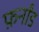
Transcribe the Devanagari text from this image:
फ़र्नांड